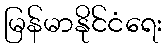
မြန်မာနိုင်ငံရေး